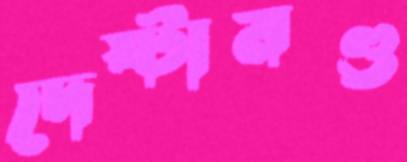
দেষ্টামণ্ড